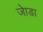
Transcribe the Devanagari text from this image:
जाेडा